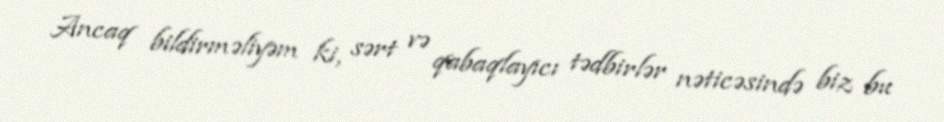
Ancaq bildirməliyəm ki, sərt və qabaqlayıcı tədbirlər nəticəsində biz bu